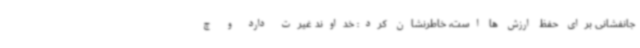
جانفشانی برای حفظ ارزش ها است، خاطرنشان کرد: خداوند غیرت دارد و چ